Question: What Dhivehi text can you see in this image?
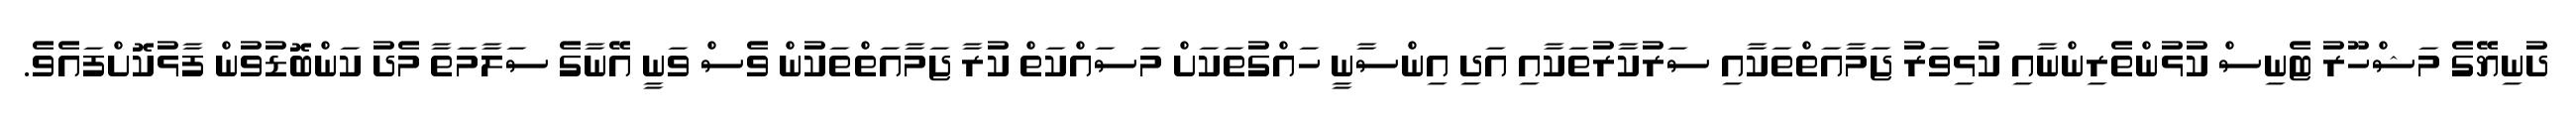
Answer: ދުނިޔޭގެ މަޝްހޫރު ޓެނިސް ކުޅުންތެރިންނާއި ކުޅިވަރު ޖަމާއަތްތަކާއި ސަރުކާރުތަކާއި އަދި އިންސާނީ ހައްގުތަކަށް މަސައްކަތް ކުރާ ޖަމާއަތްތަކުން ވެސް ވަނީ އޭނާގެ ސަލާމަތާ މެދު ކަންބޮޑުވުން ފާޅުކޮށްފައެވެ.